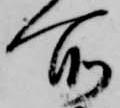
所